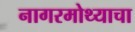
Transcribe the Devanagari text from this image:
नागरमोथ्याचा